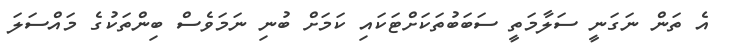
އެ ތަން ނަގަނީ ސަލާމަތީ ސަބަބުތަކަށްޓަކައި ކަމަށް ބުނި ނަމަވެސް ބިންތަކުގެ މައްސަލަ